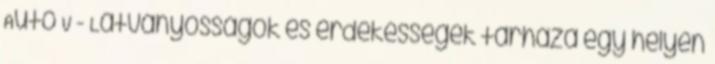
Auto V - Látványosságok és érdekességek tárháza egy helyen